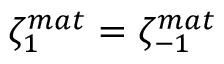
\zeta _ { 1 } ^ { m a t } = \zeta _ { - 1 } ^ { m a t }